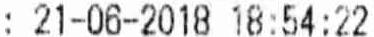
: 21-06-2018 18:54:22